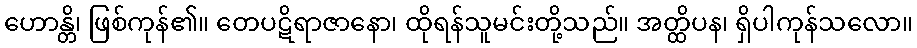
ဟောန္တိ၊ ဖြစ်ကုန်၏။ တေပဋိရာဇာနော၊ ထိုရန်သူမင်းတို့သည်။ အတ္ထိပန၊ ရှိပါကုန်သလော။